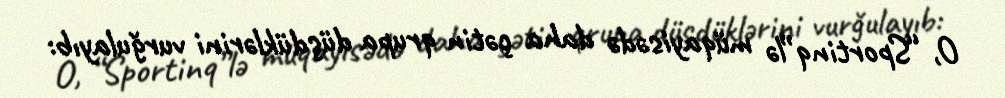
O, “Sportinq”lə müqayisədə daha çətin qrupa düşdüklərini vurğulayıb: